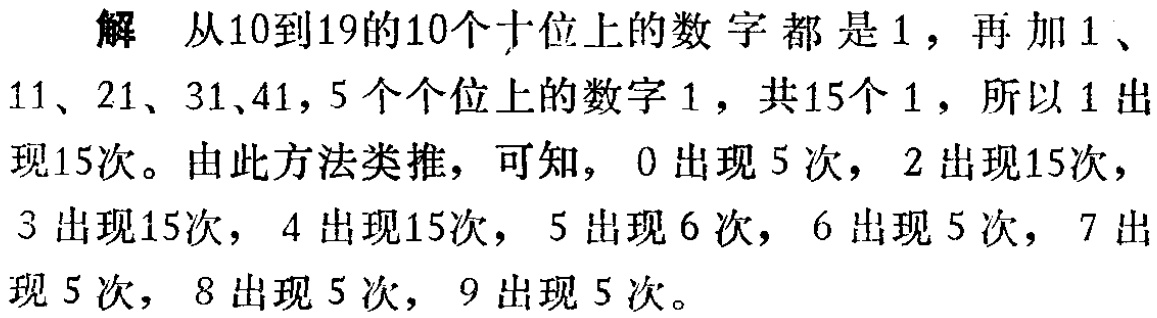
解 从10到19的10个十位上的数字都是1，再加1、11、21、31、41，5个个位上的数字1，共15个1，所以1出现15次。由此方法类推，可知，0出现5次，2出现15次，3出现15次，4出现15次，5出现6次，6出现5次，7出现5次，8出现5次，9出现5次。